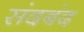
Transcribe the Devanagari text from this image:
संदबंद